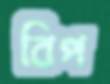
বিপ